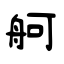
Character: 舸